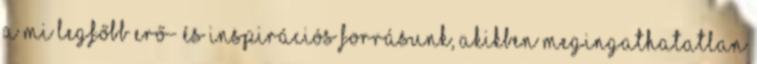
a mi legfőbb erő- és inspirációs forrásunk, akikben megingathatatlan